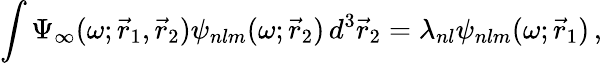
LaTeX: \int\Psi_{\infty}(\omega;\vec{r}_{1},\vec{r}_{2})\psi_{nlm}(\omega;\vec{r}_{2})\, d^{3}\vec{r}_{2}=\lambda_{nl}\psi_{nlm}(\omega;\vec{r}_{1})\, ,